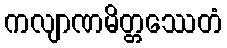
ကလျာဏမိတ္တဿေတံ